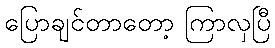
ပြောချင်တာတော့ ကြာလှပြီ